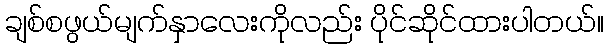
ချစ်စဖွယ်မျက်နှာလေးကိုလည်း ပိုင်ဆိုင်ထားပါတယ်။